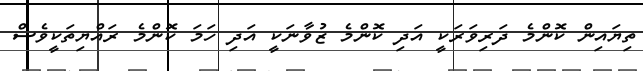
ތިޔައިން ކޮންމެ ދަރިވަރަކީ އަދި ކޮންމެ ޒުވާނަކީ އަދި ހަމަ ކޮންމެ ރައްޔިތަކީވެސް